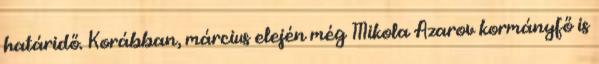
határidő. Korábban, március elején még Mikola Azarov kormányfő is